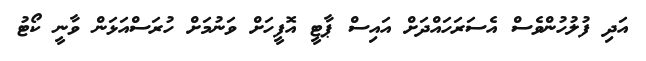
އަދި ފުލުހުންވެސް އެސަރަހައްދަށް އައިސް ޕާޓީ އޮފީހަށް ވަނުމަށް ހުރަސްއަޅަން ވާނީ ކޯޓު